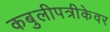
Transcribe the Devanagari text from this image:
कबुलीपत्रीकेवर